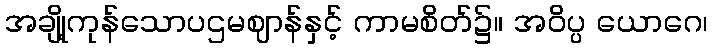
အချို့ကုန်သောပဌမဈာန်နှင့် ကာမစိတ်၌။ အဝိပ္ပ ယောဂေ၊